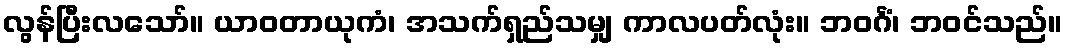
လွန်ပြီးလသော်။ ယာဝတာယုကံ၊ အသက်ရှည်သမျှ ကာလပတ်လုံး။ ဘဝင်္ဂံ၊ ဘဝင်သည်။